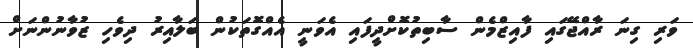
ވަރި ގިނަ ރާއްޖޭގައި ފާއިޒްމެން ސާބިތުކޮށްދީފައި އެވަނީ އެއްގޮތަކުން ބަލާއިރު ދިވެހި ޒުވާނުންނަށް